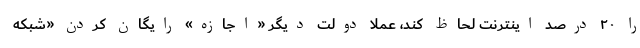
را ۲۰ درصد اینترنت لحاظ کند، عملا دولت دیگر «اجازه» رایگان کردن «شبکه